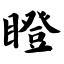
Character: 瞪